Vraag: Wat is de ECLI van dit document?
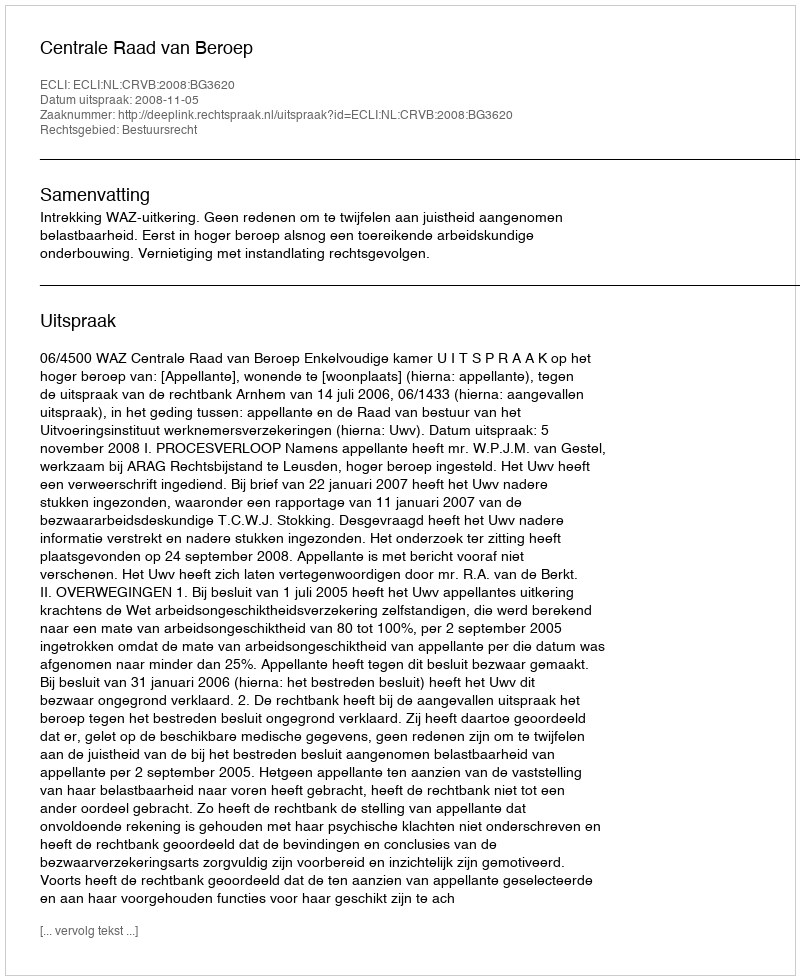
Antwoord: ECLI:NL:CRVB:2008:BG3620